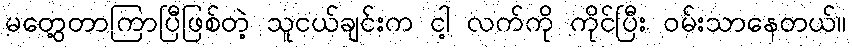
မတွေ့တာကြာပြီဖြစ်တဲ့ သူငယ်ချင်းက ငါ့ လက်ကို ကိုင်ပြီး ဝမ်းသာနေတယ်။